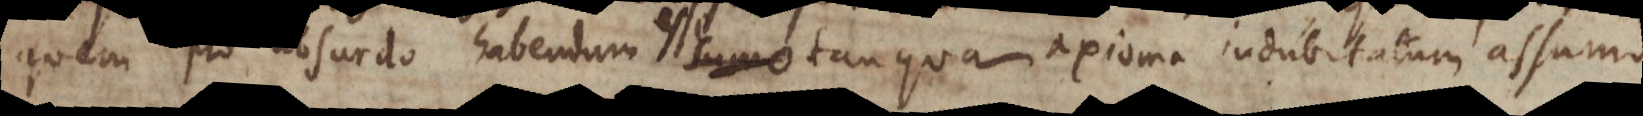
o absurdo habendum sumo esse tanquam axioma indubitatum assumo